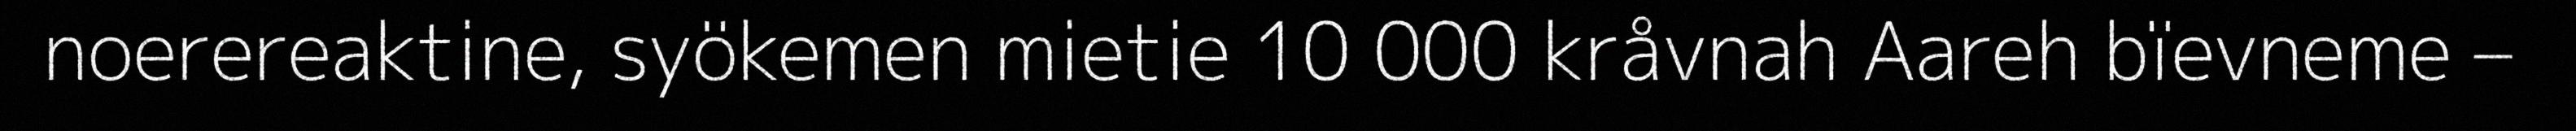
noerereaktine, syökemen mietie 10 000 kråvnah Aareh bïevneme –